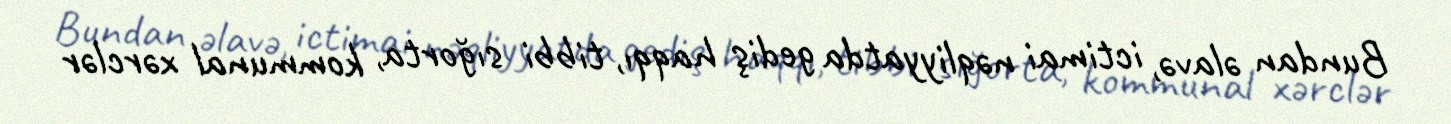
Bundan əlavə, ictimai nəqliyyatda gediş haqqı, tibbi sığorta, kommunal xərclər